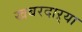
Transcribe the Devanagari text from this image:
खबरदाऱ्या